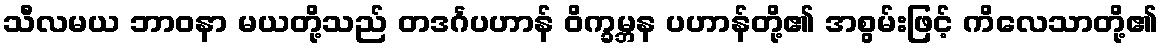
သီလမယ ဘာဝနာ မယတို့သည် တဒင်္ဂပဟာန် ဝိက္ခမ္ဘန ပဟာန်တို့၏ အစွမ်းဖြင့် ကိလေသာတို့၏